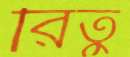
রিতু